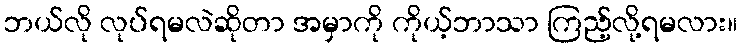
ဘယ်လို လုပ်ရမလဲဆိုတာ အမှာကို ကိုယ့်ဘာသာ ကြည့်လို့ရမလား။